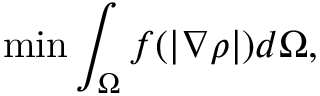
\operatorname* { m i n } \int _ { \Omega } f ( | \nabla \rho | ) d \Omega ,